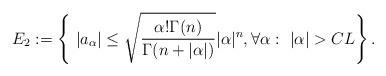
LaTeX: \begin{align*}E_2:=\left\{\ |a_\alpha|\leq \sqrt{\frac{\alpha!\Gamma(n)}{\Gamma(n+|\alpha|)}}|\alpha|^n,\forall \alpha: \ |\alpha|>CL\right\}.\end{align*}